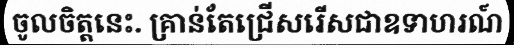
ចូលចិត្តនេះ. គ្រាន់តែជ្រើសរើសជាឧទាហរណ៍